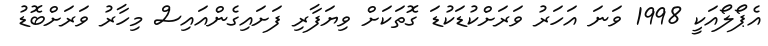
އެޕޯލޯއަކީ 1998 ވަނަ އަހަރު ވަރަށްކުޑަކުޑަ ގޮތަކަށް ވިޔަފާރި ފަށައިގެންއައިސް މިހާރު ވަރަށްބޮޑު